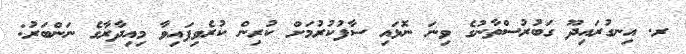
ރ. އިނގުރައިދޫ ގަބުރުސްތާނުގެ ވިނަ ނޮޅައި ސާފުކުރުމަށް ކުރިން ކުރެވިފައިވާ މިއިދާރާގެ ނަންބަރު: